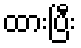
ထားပြီး